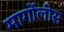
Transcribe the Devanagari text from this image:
मार्गोलीस